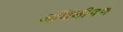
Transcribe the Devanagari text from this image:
अधिशीषण